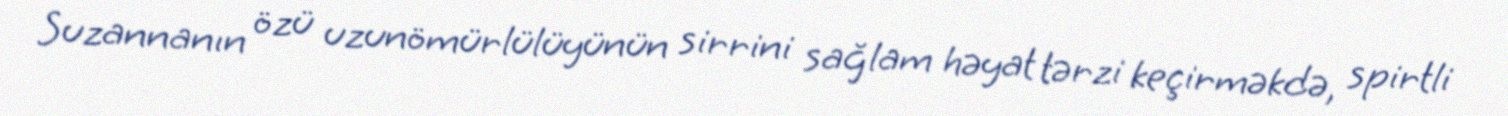
Suzannanın özü uzunömürlülüyünün sirrini sağlam həyat tərzi keçirməkdə, spirtli